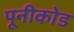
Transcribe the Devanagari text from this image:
पूनीकोड